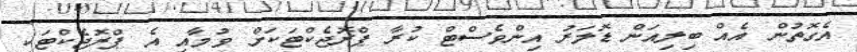
އެގޮތުން އެއް ބިލިއަން ޑޮލަރު އިންވެސްޓް ކުރާ ޕްރޮޖެކްޓަކަށް ވުމާއި އެ ޕްރޮޖެކްޓަކީ